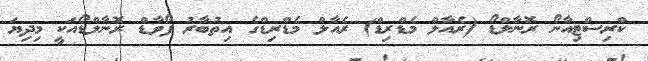
ކްރިސްޓިއާނޯ ރޮނާލްޑޯ (ރެއާލް މެޑްރިޑް) ރެއާލް މެޑްރިޑްގެ އިތުބާރު ފޯވާޑް ރޮނާލްޑޯއަކީ މިދިޔަ